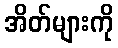
အိတ်များကို